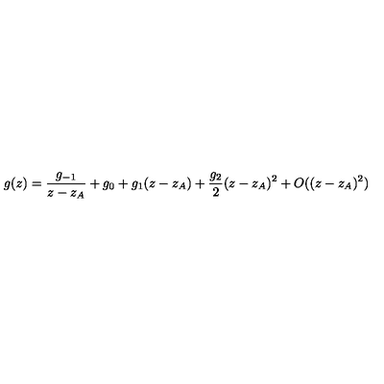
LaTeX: g ( z ) = \frac { g _ { - 1 } } { z - z _ { A } } + g _ { 0 } + g _ { 1 } ( z - z _ { A } ) + \frac { g _ { 2 } } { 2 } ( z - z _ { A } ) ^ { 2 } + O ( ( z - z _ { A } ) ^ { 2 } )